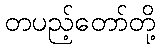
တပည့်တော်တို့